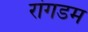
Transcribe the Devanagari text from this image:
रांगडम